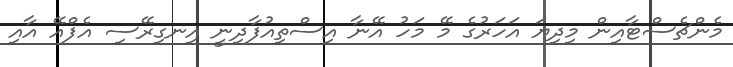
މެންޗެސްޓާއިން މިދިޔަ އަހަރުގެ މޭ މަހު އޭނާ އިސްތިއުފާދިނީ އިނގިރޭސި އެފްއޭ އާއި